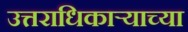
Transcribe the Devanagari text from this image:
उत्तराधिकाऱ्याच्या